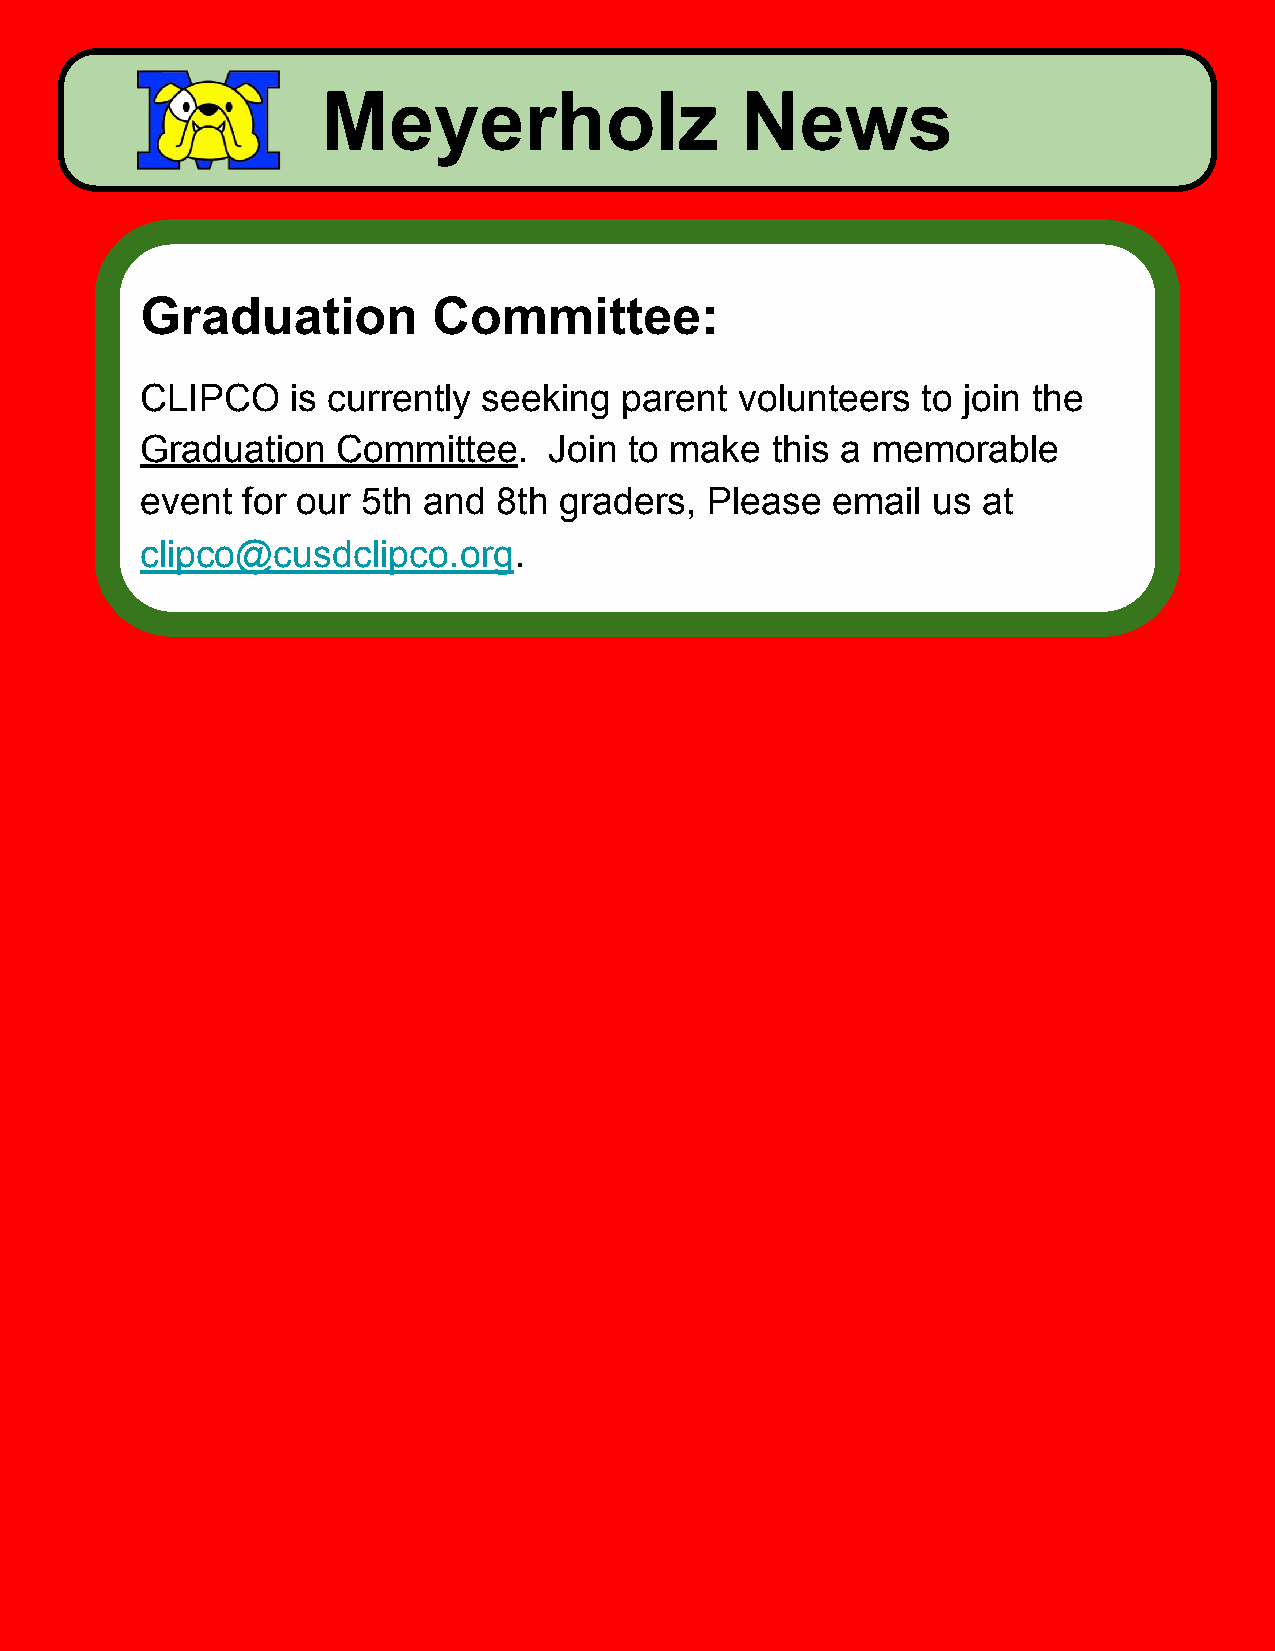
Meyerholz                   News
 Graduation          Committee:
 CLIPCO    is currently seeking  parent  volunteers  to join the
 Graduation   Committee.    Join  to make  this a memorable
 event  for our 5th and  8th graders,  Please  email  us at
 clipco@cusdclipco.org.